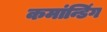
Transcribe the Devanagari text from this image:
कमांन्डिंग